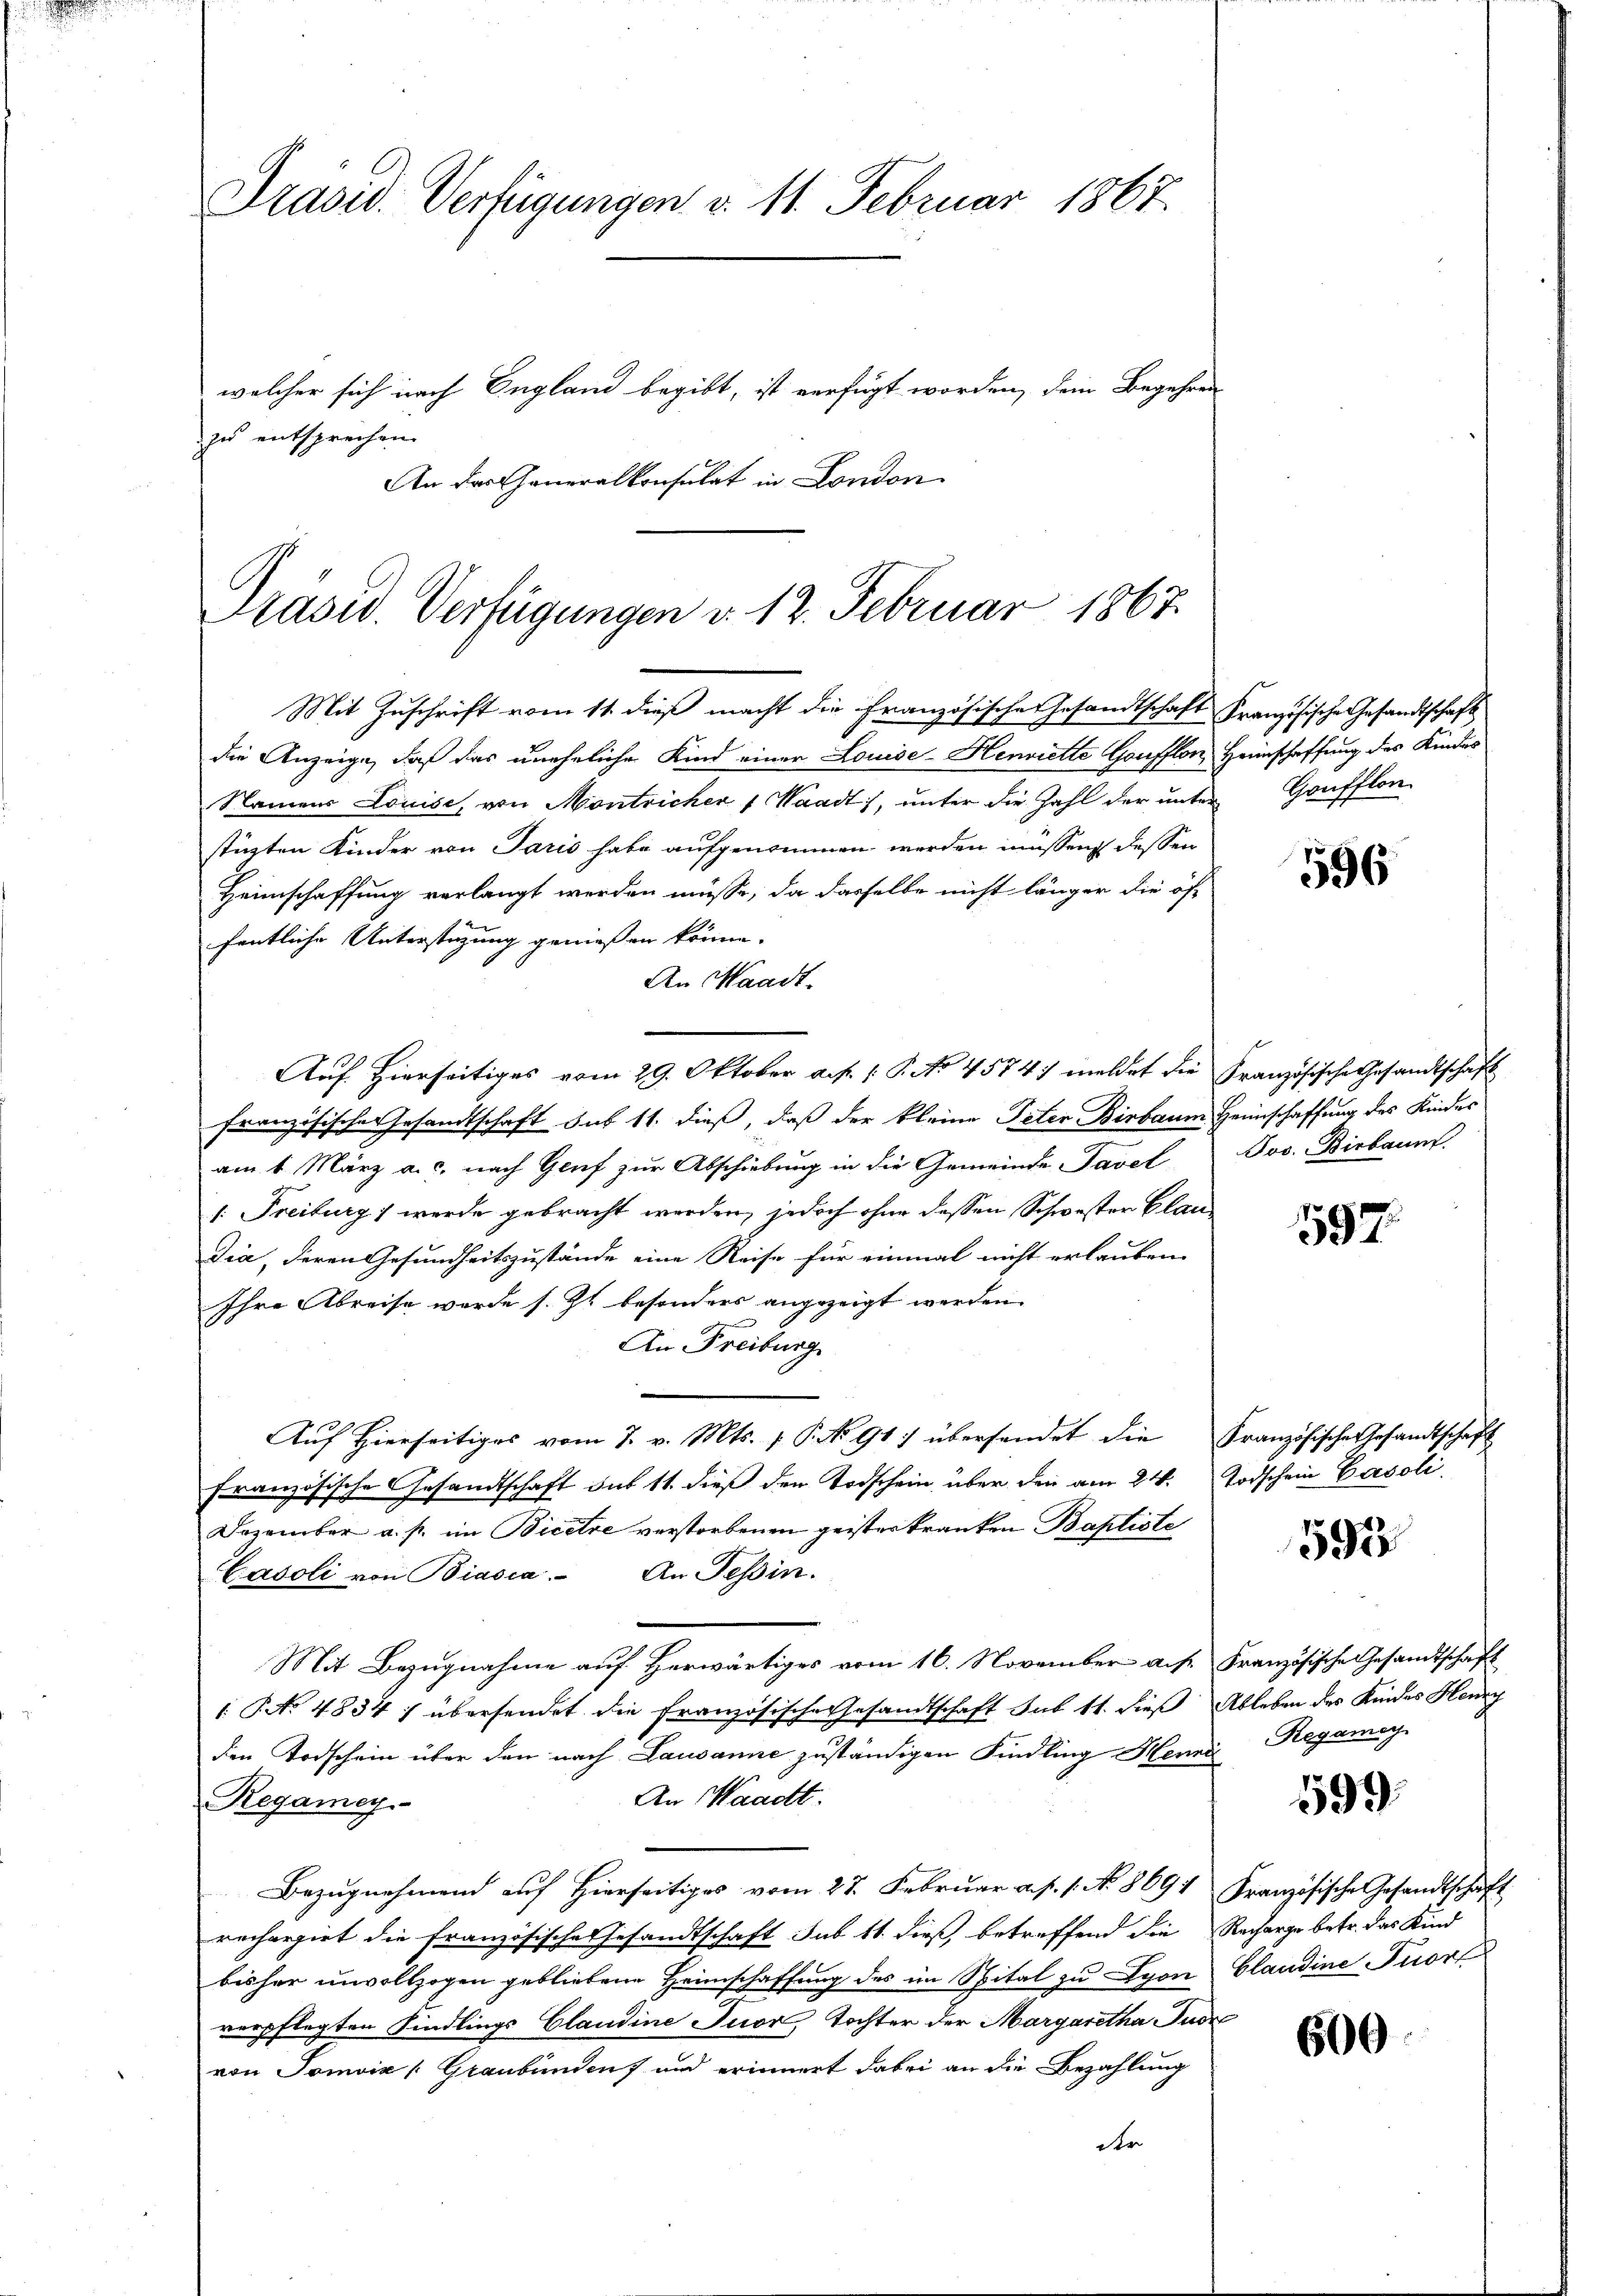
Prasid. Verfügungen d. 11. Februar 1867.
welcher sich nach England begibt, ist verfügt worden, dem Begehren
zu entsprechen.
An das Generalkonsulat in London

Prasiv. Verfügungen d. 12. Februar 1867.
Mit Zuschrift vom 11. dieß macht die Französische Gesandtschaft Französische Gesandtschaft

die Anzeige, daß das uneheliche Kind einer Louise-Henviette Goufflon, Heimschaffung des Kinder
Namens Louise, von Montricher 1 Waadt, unter die Zahl der unter Goufflon-
stüzten Kinder von Paris habe aufgenommen werden müssen dessen
Heimschaffung verlangt werden müsse, da dasselbe nicht länger die öf-
fentliche Unterstüzung geniessen könne. |
An Waadt.
Auf. Hierseitiges vom 29. Oktober a. f. 1 P. No 4574. meldet die Französische Gesandtschaft
französische Gesandtschaft sub 11. dieß, daß der kleine Peter Birbaum Heimschaffung des Kinder
am 1. März a. c. nach Genf zur Abschiebung in die Gemeinde Tavel Jos. Birbaunt.
1. Freiburg werde gebracht werden, jedoch ohne dessen Schwester Clau¬
Dia, deren Gesundheitszustände eine Reise für einmal nicht erlauben
Ihre Abreise wurde s. Zt. besonders angezeigt werden.
An Freiburg
Auf Hierseitiges vom 7. v. Mts. v. P. No 91) übersendet die Französische Gesandtschaft
französische Gesandtschaft sub 11. dieß den Todschein über den am 24. Todschein Gasoli
Dezember a. p. im Bicere verstorbenen geister kranken Baptiste
Kasoli von Biasca. An Tessin.
Mit Bezugnahme auf Herwärtiges vom 16. November auf. Französische Gesandtschaft
1 No 4834) übersendet die französische Gesandtschaft sub 11. dieß Ableben des Kindes Henry
den Todschein über den nach Lausanne zuständigen Kindling Henne
An Waadt.
Regamey
Bezugnahmend auf Hierseitiges vom 27. Februar a. p. 1. No. 8691 Französische Gesandtschaft
rechargirt die französische Gesandtschaft sub 11. dieß, betreffend die Recharge betr. das Kind
bisher unvollzogen gebliebene Heimschaffung des im Spital zu Lyon Claudine Tuor
verpflegten Kindlings Claudine Tuor Tochter der Margaretha Jude
von Tomviz (Graubünden und erinnert dabei an die Bezahlung
der

596

597.

595

Regamey

599.

606.